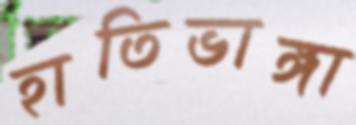
হাতিভাঙ্গা